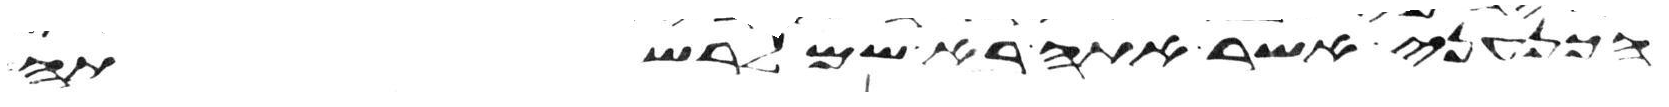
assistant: הכנעני אשר אתה בא שמה לרשתה